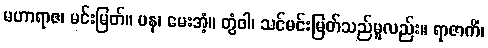
မဟာရာဇ၊ မင်းမြတ်။ ပန၊ မေးအံ့။ တွံဝါ၊ သင်မင်းမြတ်သည်မူလည်း။ ရာဇာကိံ၊